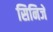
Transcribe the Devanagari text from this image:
सिनिजे